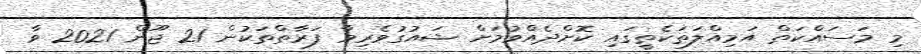
މި މަސައްކަތް އަމިއްލަތަކެތީގައި ކޮށްދެއްވުމަށް ޝައުގުވެރިވާ ފަރާތްތަކުން 21 ޖޫން 2021 ވާ